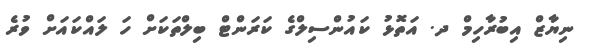
ނިޔާޒް އިބުރާހިމް ދ. އަތޮޅު ކައުންސިލްގެ ކަރަންޓް ބިލްތަކަށް ހަ ލައްކައަށް ވުރެ